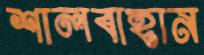
শালবাহান